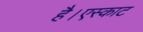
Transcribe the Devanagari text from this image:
है।एस्काट